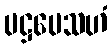
ပဋ္ဌပေသဟံ